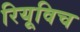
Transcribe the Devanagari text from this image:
रियूविच